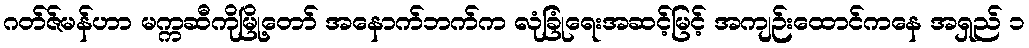
ဂတ်ဇ်မန်ဟာ မက္ကဆီကိုမြို့တော် အနောက်ဘက်က လုံခြုံရေးအဆင့်မြင့် အကျဉ်းထောင်ကနေ အရှည် ၁